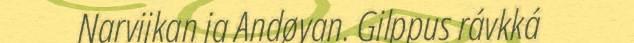
Narvijkan ja Andøyan. Gilppus rávkká